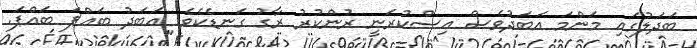
ބަދަލުގައި މަންމަ އަބަދުވެސް އިސްކުރަނީ ރުންކުރު ރާގު ގަނޑެކެވެ. އަބަދު ބައްޕަ ބައްޕަ.